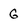
Character: G